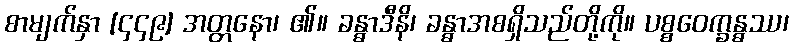
စာမျက်နှာ [၄၄၉] အတ္တနော၊ ၏။ ခန္ဓာဒီနိ၊ ခန္ဓာအစရှိသည်တို့ကို။ ပစ္စဝေက္ခန္ဓဿ၊